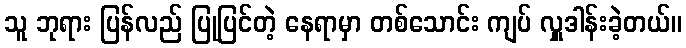
သူ ဘုရား ပြန်လည် ပြုပြင်တဲ့ နေရာမှာ တစ်သောင်း ကျပ် လှူဒါန်းခဲ့တယ်။